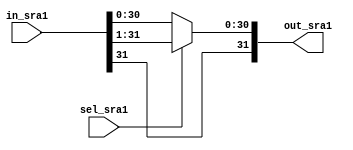
module SRA1 (in_sra1, sel_sra1, out_sra1);
  input [31:0] in_sra1;
  input sel_sra1;
  output [31:0] out_sra1;
  
  assign out_sra1 = (sel_sra1) ? {in_sra1[31], in_sra1[31:1]} : in_sra1;
endmodule